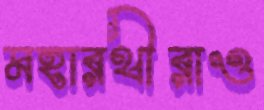
মহারথীরাও